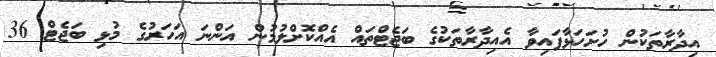
އިދާރާތަކުން ހުށަހަޅާފައިވާ އެއިދާރާތަކުގެ ބަޖެޓްތައް އެއްކޮށްލުމުން އަންނަ އަހަރުގެ މުޅި ބަޖެޓް 36